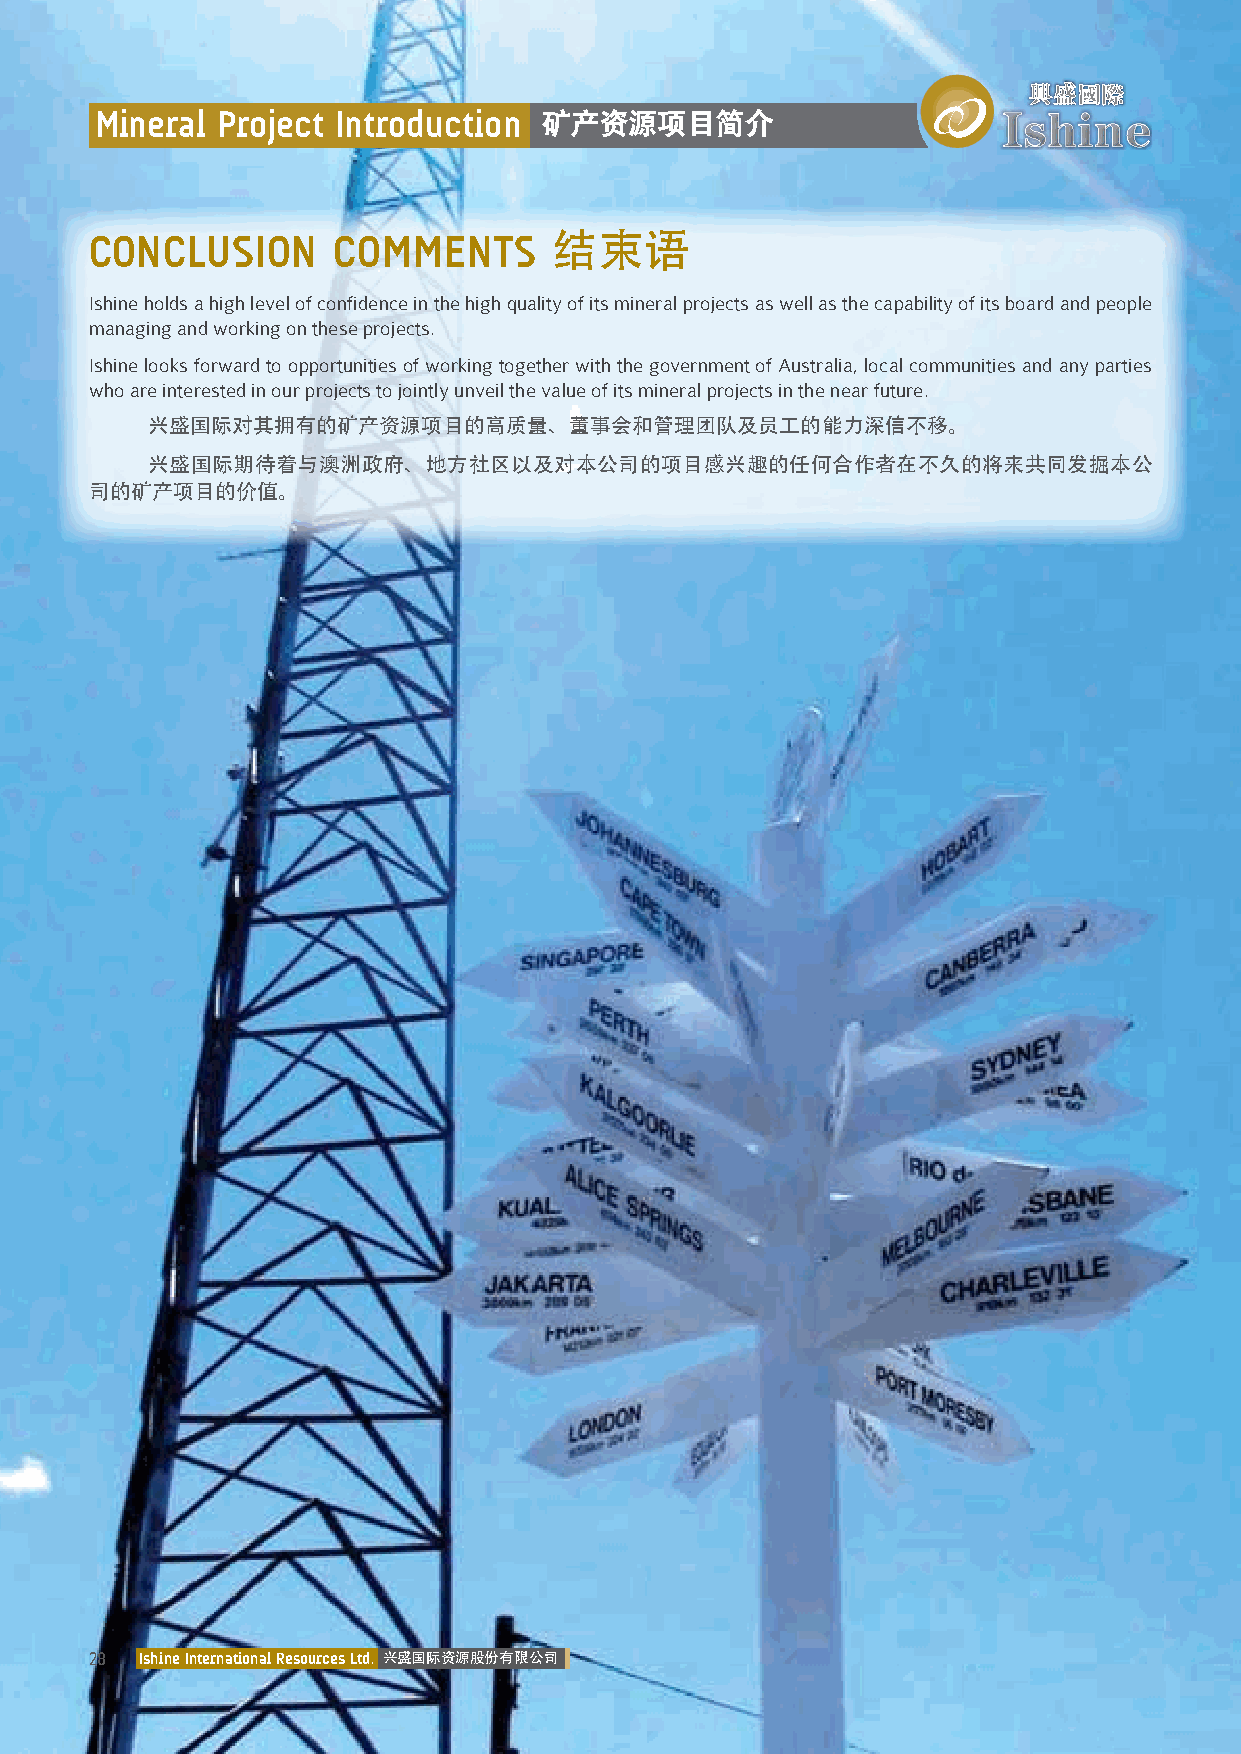
Mineral Project Introduction  矿产资源项目简介
 CONCLUSION      COMMENTS      结束语
 Ishine holds a high level of confidence in the high quality of its mineral projects as well as the capability of its board and people
 managing and working on these projects.
 Ishine looks forward to opportunities of working together with the government of Australia, local communities and any parties
 who are interested in our projects to jointly unveil the value of its mineral projects in the near future.
 兴盛国际对其拥有的矿产资源项目的高质量、董事会和管理团队及员工的能力深信不移。
 兴盛国际期待着与澳洲政府、地方社区以及对本公司的项目感兴趣的任何合作者在不久的将来共同发掘本公
 司的矿产项目的价值。
 28 Ishine International Resources Ltd. 兴盛国际资源股份有限公司